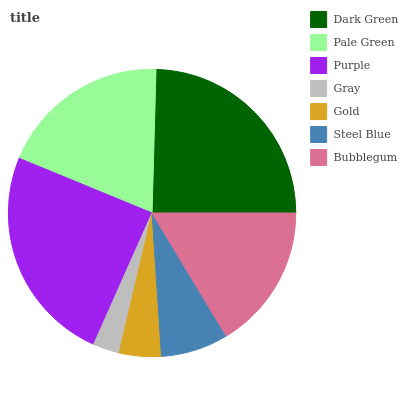
| Dark Green | Pale Green | Purple | Gray | Gold | Steel Blue | Bubblegum |
 | --- | --- | --- | --- | --- | --- | --- |
 | 24.5% | 19.3% | 24.5% | 2.98% | 4.73% | 7.59% | 16.4% |